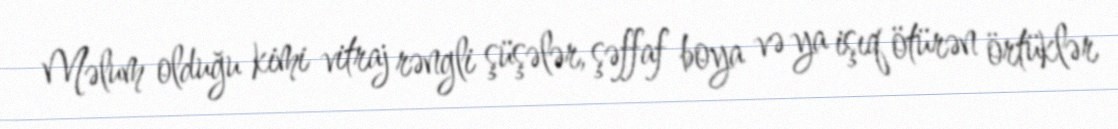
Məlum olduğu kimi vitraj rəngli şüşələr, şəffaf boya və ya işıq ötürən örtüklər